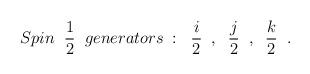
LaTeX: \begin{align*}Spin \; \; \frac{1}{2} \; \; generators \; : \; \;\frac{i}{2} \; \; , \; \; \frac{j}{2} \; \; , \; \; \frac{k}{2} \; \; .\end{align*}